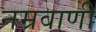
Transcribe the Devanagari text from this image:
नम्रवाणी